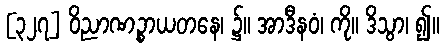
[၃၂၇] ဝိညာဏဉ္စာယတနေ၊ ၌။ အာဒီနဝံ၊ ကို။ ဒိသွာ၊ ၍။